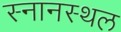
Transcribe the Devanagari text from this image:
स्नानस्थल